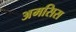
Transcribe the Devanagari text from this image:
अमसिस